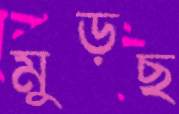
মুড়ছ